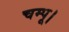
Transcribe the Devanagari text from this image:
चम्पू।